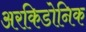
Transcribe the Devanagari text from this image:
अरकिडोनिक